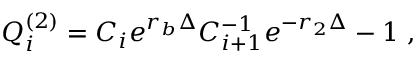
Q _ { i } ^ { ( 2 ) } = C _ { i } e ^ { r _ { b } \Delta } C _ { i + 1 } ^ { - 1 } e ^ { - r _ { 2 } \Delta } - 1 \ ,